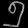
Digit: ၅